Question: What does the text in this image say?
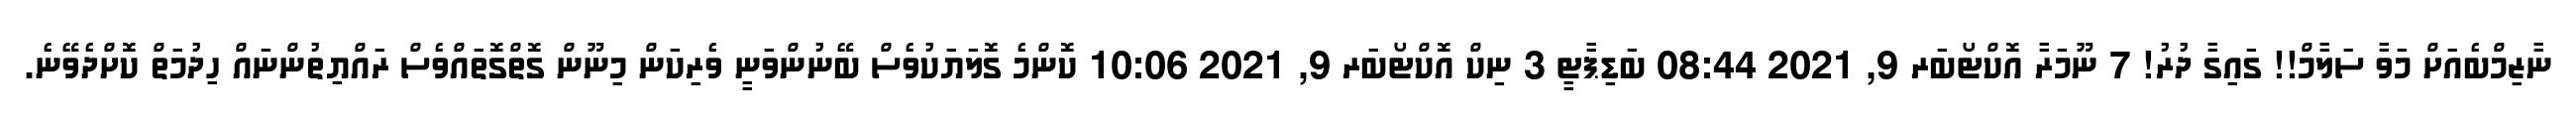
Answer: ނާޒިމްބެއަށް މަވާ ސަލާމް!! ގައިގާ ދުރު! 7 ނޫމަރާ އޮކްޓޯބަރ 9, 2021 08:44 ބަޑިޕާޓީ 3 ނިކް އޮކްޓޯބަރ 9, 2021 10:06 ކޮންމެ ގޮލަޔަކުވެސް ބޭނުންވަނީ ވެރިކަން މިނޫން ގޮތްގޮތައްވެސް ރައްޔިތުންނައް ހިދުމަތް ކޮށްދެވޭނެ.